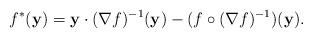
LaTeX: \begin{align*}f^*(\mathbf{y})=\mathbf{y}\cdot(\nabla f)^{-1}(\mathbf{y})-(f\circ(\nabla f)^{-1})(\mathbf{y}).\end{align*}